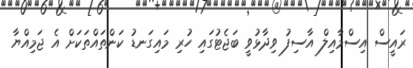
ރައީސް އިސްމާއިލް އާސިފު ވިދާޅުވީ ބަޖެޓުގައި ހުރި މައިގަނޑު ކަންތައްތަކަށް އެ ޖަމިއްޔާ